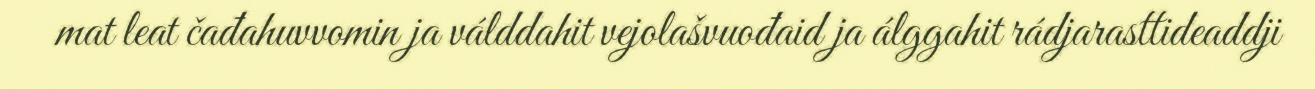
mat leat čađahuvvomin ja válddahit vejolašvuođaid ja álggahit rádjarasttideaddji